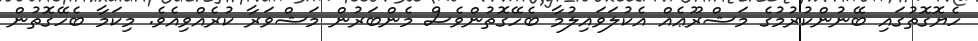
ހެޔޮގޮތުގައި ބޭނުންކުރުމުގެ މަޝްރޫޢެއް އެކުލަވައިލުމާ ބެހޭގޮތުންވެސް މެންބަރުން މަޝްވަރާ ކުރެއްވިއެވެ. މިކަމާ ބެހޭގޮތުން